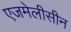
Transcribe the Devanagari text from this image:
एजमेलीसीन